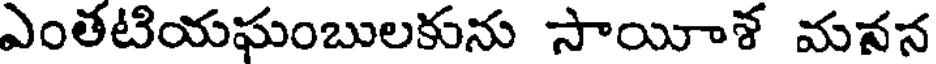
ఎంతటియఘంబులకును సాయీశ మనన